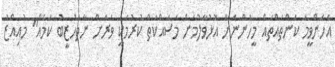
އެހެންވީމަ ކަންތައްތައް މީހުންނަށް އޮޅުވާލުމަށް މަސައްކަތް ކުރުމަކީ ވަރަށް ނާތަހުޒީބު ކަމެއް" މުއިއްޒު